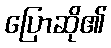
ပြောဆို၏